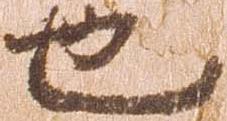
也